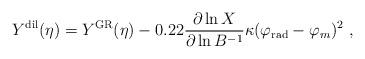
LaTeX: \begin{align*}Y^{\rm dil}(\eta) = Y^{\rm GR} (\eta) - 0.22 {\partial\ln X\over\partial\ln B^{-1}}\kappa (\varphi_{\rm rad}-\varphi_m)^2\ ,\end{align*}